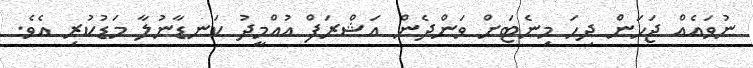
ނުވައެއް ޖަހަން ދިހަ މިނެޓަށް ވަންދެން އަޝްރަފް އުއްމީދު ކަނޑާނުލާ މަޑުކުރި އެވެ.